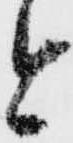
今